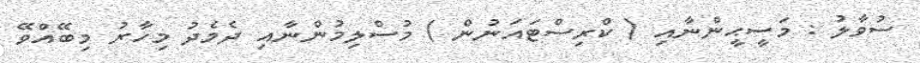
ސުވާލު : މަސީޙީންނާއި ( ކްރިސްޓައަނުން ) މުސްލިމުންނާއި ދެމެދު މިހާރު މިބޭއްވޭ